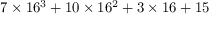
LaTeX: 7 \times 1 6 ^ { 3 } + 1 0 \times 1 6 ^ { 2 } + 3 \times 1 6 + 1 5